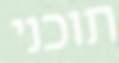
תוכני